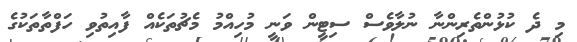
މި ދެ ކުޅުންތެރިންނާ ނުލާވެސް ސިޓީން ވަނީ މުހިއްމު މެޗުތަކެއް ފާއިތުވި ހަފްތާތަކުގެ